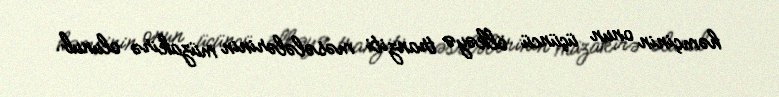
həmçinin onun üçüncü ölkəyə tranziti məsələlərinin müzakirə olunub.